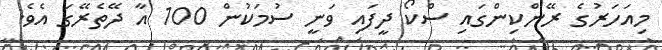
މިއަހަރުގެ ރޭންކިންގައި ސްކޯ ދީފައި ވަނީ ސުމަކުން 100 އާ ދޭތެރޭގަ އެވެ.